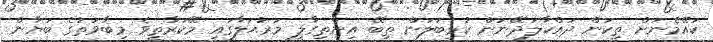
ކައޭމެނަށް ތިކަން ދައްކާލަދޭނަން ކުޅިބަލަން ތިބޭ އިންތިގާލީ މަރުޙަލާގައި މޭކަރާތީވެ މިބާވަތުގެ ބަޔާން